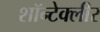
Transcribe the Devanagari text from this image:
शॉन्टेक्लीर